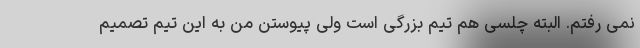
نمی رفتم. البته چلسی هم تیم بزرگی است ولی پیوستن من به این تیم تصمیم